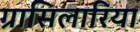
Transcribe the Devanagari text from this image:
ग्रासिलारिया